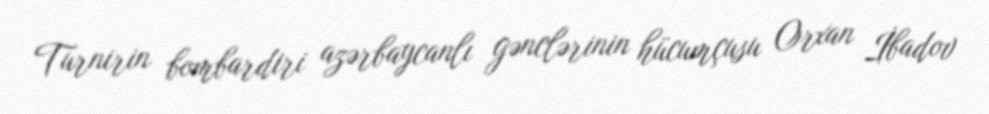
Turnirin bombardiri azərbaycanlı gənclərinin hücumçusu Orxan İbadov